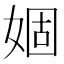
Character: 婟